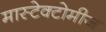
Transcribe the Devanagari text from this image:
मास्टेक्टोमीज